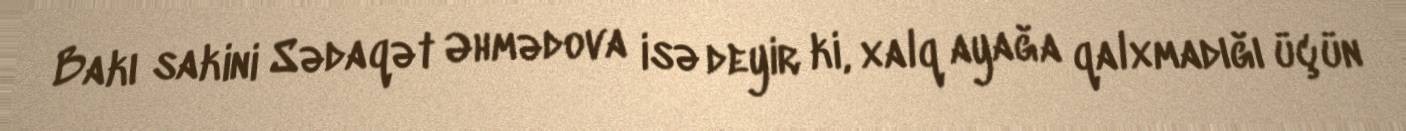
Bakı sakini Sədaqət Əhmədova isə deyir ki, xalq ayağa qalxmadığı üçün